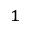
_ 1